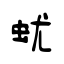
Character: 蚘